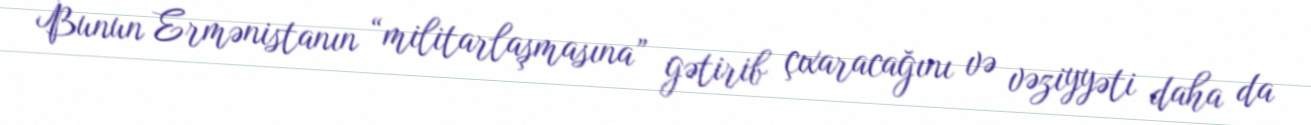
Bunun Ermənistanın “militarlaşmasına” gətirib çıxaracağını və vəziyyəti daha da